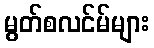
မွတ်စလင်မ်များ